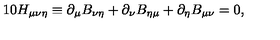
1 0 H _ { \mu \nu \eta } \equiv \partial _ { \mu } B _ { \nu \eta } + \partial _ { \nu } B _ { \eta \mu } + \partial _ { \eta } B _ { \mu \nu } = 0 ,